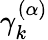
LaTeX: \gamma_{k}^{(\alpha)}